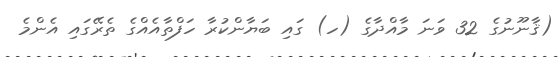
(ޤާނޫނުގެ 32 ވަނަ މާއްދާގެ (ހ) ގައި ބަޔާންކުރާ ހަފްތާއެއްގެ ތެރޭގައި އެންމެ